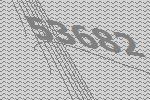
53682